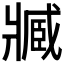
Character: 𤖔